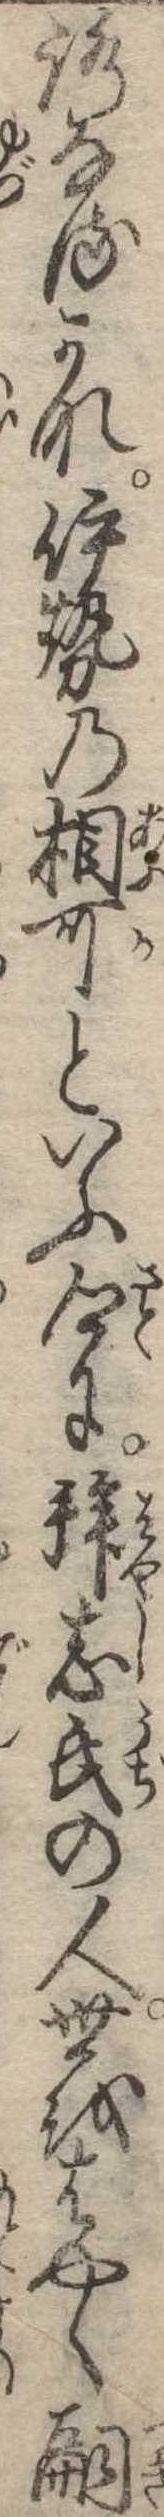
ろなるかな伊勢の相可といふ郷に拝志氏の人世をはやく嗣